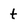
Character: t